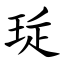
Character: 㻄